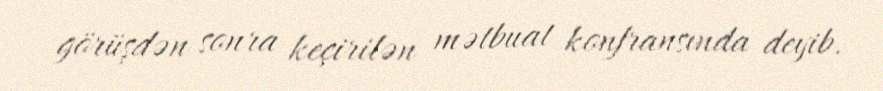
görüşdən sonra keçirilən mətbuat konfransında deyib.